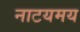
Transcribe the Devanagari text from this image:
नाटयमय